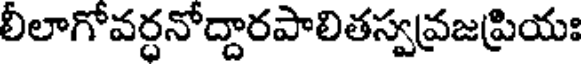
లీలాగోవర్ధనోద్దారపాలితస్వవ్రజప్రియః